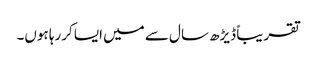
تقریباً ڈیڑھ سال سے میں ایسا کررہا ہوں۔